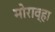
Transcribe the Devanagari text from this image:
मोराव्हा